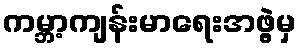
ကမ္ဘာ့ကျန်းမာရေးအဖွဲ့မှ